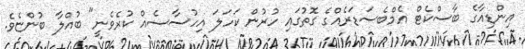
އިންޑިއާގެ ބާސްކެޓް އެމްބެސަޑަރެއްގެ ގޮތުގައި ހުރުން ކަހަލަ އިހުސާސެއް ކުުރެވެނީ" ބުއްލާ ބުންޏެވެ.